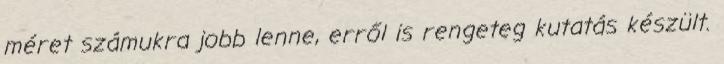
méret számukra jobb lenne, erről is rengeteg kutatás készült.